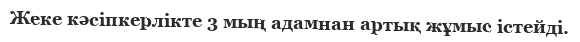
Жеке кәсіпкерлікте 3 мың адамнан артық жұмыс істейді.